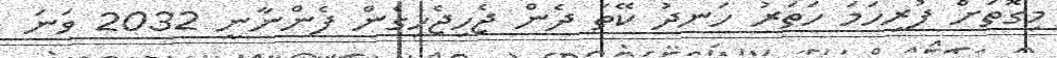
މިގޮތަށް ފުރިހަމަ ހަތަރު ހަނދު ކޭތަ ދެން ޖެހިޖެހިގެން ފެންނާނީ 2032 ވަނަ